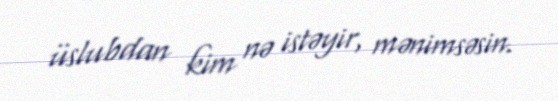
üslubdan kim nə istəyir, mənimsəsin.